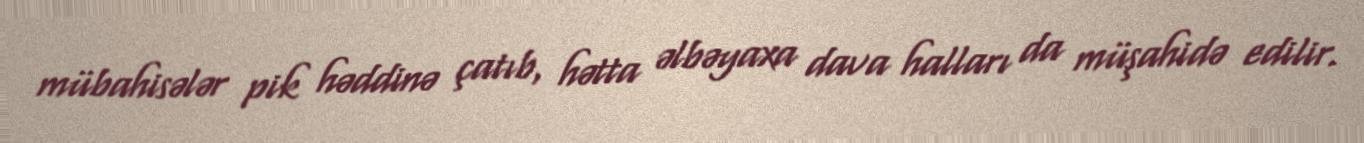
mübahisələr pik həddinə çatıb, hətta əlbəyaxa dava halları da müşahidə edilir.